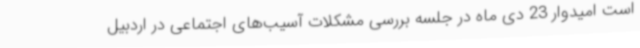
است امیدوار 23 دی ماه در جلسه بررسی مشکلات آسیب‌های اجتماعی در اردبیل